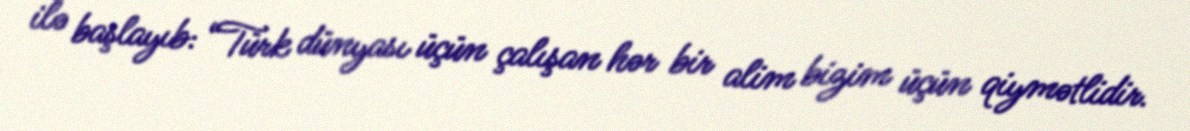
ilə başlayıb: “Türk dünyası üçün çalışan hər bir alim bizim üçün qiymətlidir.